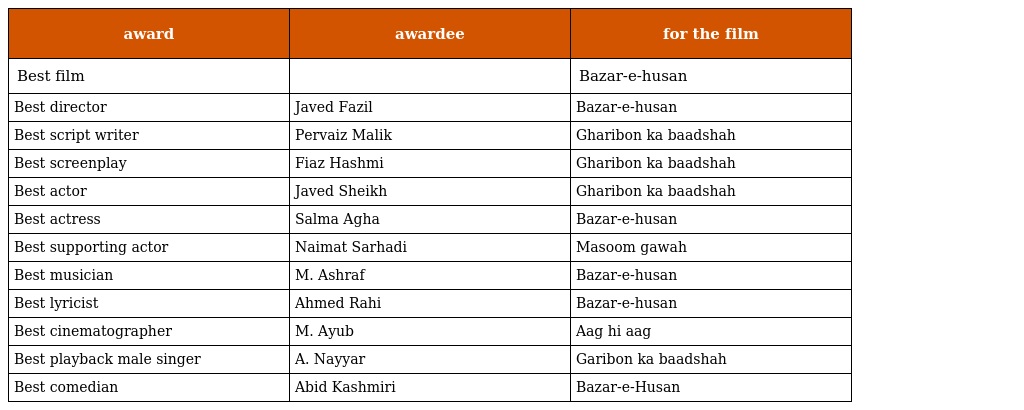
| award | awardee | for the film |
 | --- | --- | --- |
 | Best film |  | Bazar-e-husan |
 | Best director | Javed Fazil | Bazar-e-husan |
 | Best script writer | Pervaiz Malik | Gharibon ka baadshah |
 | Best screenplay | Fiaz Hashmi | Gharibon ka baadshah |
 | Best actor | Javed Sheikh | Gharibon ka baadshah |
 | Best actress | Salma Agha | Bazar-e-husan |
 | Best supporting actor | Naimat Sarhadi | Masoom gawah |
 | Best musician | M. Ashraf | Bazar-e-husan |
 | Best lyricist | Ahmed Rahi | Bazar-e-husan |
 | Best cinematographer | M. Ayub | Aag hi aag |
 | Best playback male singer | A. Nayyar | Garibon ka baadshah |
 | Best comedian | Abid Kashmiri | Bazar-e-Husan |